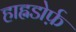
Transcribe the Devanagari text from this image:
हाह्नडोर्फ़